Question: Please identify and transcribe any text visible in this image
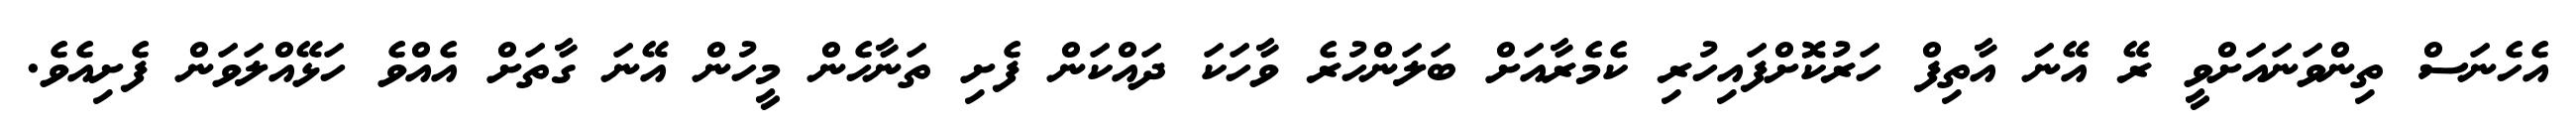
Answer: އެހެނަސް ތިންވަނައަށްވީ ރޭ އޭނަ އާތިފް ހަރުކޮށްފައިހުރި ކެމެރާއަށް ބަލަންހުރެ ވާހަކަ ދައްކަން ފެށި ތަނާހެން މީހުން އޭނަ ގާތަށް އެއްވެ ހަޅޭއްލަވަން ފެށިއެވެ.